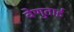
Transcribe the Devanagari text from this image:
वेणुताई